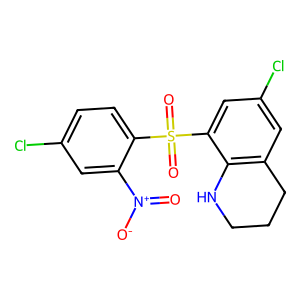
SMILES: O=[N+]([O-])c1cc(Cl)ccc1S(=O)(=O)c1cc(Cl)cc2c1NCCC2
Inhibits HIV replication: No